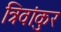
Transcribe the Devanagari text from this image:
त्रिवांकुर